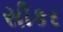
સીકર